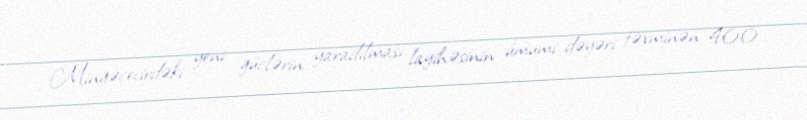
Mingəçevirdəki yeni güclərin yaradılması layihəsinin ümumi dəyəri təxminən 400